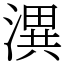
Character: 潩